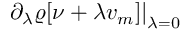
\left. \partial _ { \lambda } \varrho [ \nu + \lambda v _ { m } ] \right\vert _ { \lambda = 0 }